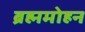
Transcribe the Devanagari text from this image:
ब्रह्ममोहन